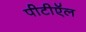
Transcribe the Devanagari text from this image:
पीटीऍल